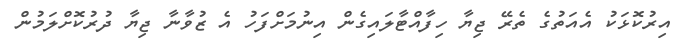
އިރުކޮޅަކު އެއަތުގެ ތެރޭ ޖިޔާ ހިފާއްޓާލައިގެން އިނުމަށްފަހު އެ ޒުވާނާ ޖިޔާ ދުރުކޮށްލަމުން